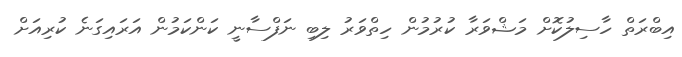
އިބްރަތް ހާސިލުކޮށް މަޝްވަރާ ކުުރުމުން ހިތްވަރު ލިބި ނަފްސާނީ ކަންކަަމުން އަރައިގަނެ ކުރިއަށް